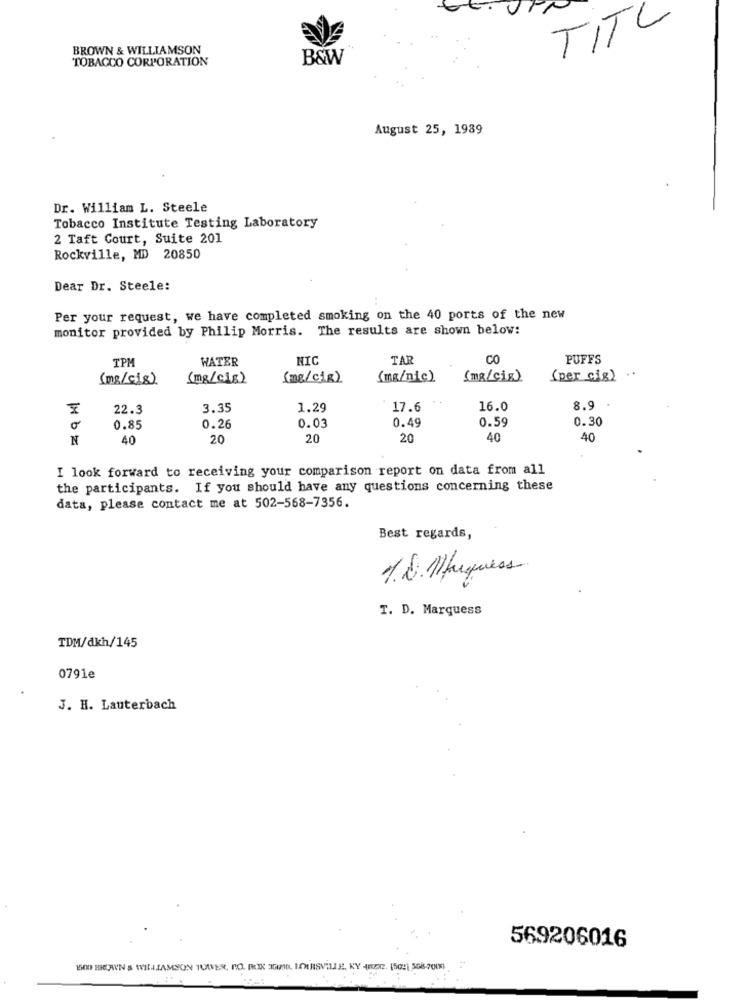
TITL
BROWN & WILLIAMSON
TOBACCO CORPORATION
B&W
August 25, 1989
Dr. William L. Steele
Tobacco Institute Testing Laboratory
2 Taft Court, Suite 201
Rockville, MD 20850
Dear Dr. Steele:
Per your request, we have completed smoking on the 40 ports of the new
monitor provided by Philip Morris. The results are shown below:
TPM
WATER
NIC
TAR
CO
PUFFS
(mg/cis)
(mg/cis)
(mg/cig)
(mg/nic)
(mR/cis)
(per cig) .
22.3
3.35
1.29
17.6
16.0
8.9
0.03
0.49
0.30
o
0.85
0.26
0.59
N
40
20
20
20
40
40
I look forward to receiving your comparison report on data from all
the participants. If you should have any questions concerning these
data, please contact me at 502-568-7356.
Best regards,
1.8. 1)briquess
T. D. Marquess
TDM/dkh/145
0791e
.
J. H. Lauterbach
569206016